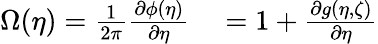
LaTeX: \begin{array}{rl}{\Omega(\eta)=\frac{1}{2\pi}\frac{\partial\phi(\eta)}{\partial\eta}}&{{}=1+\frac{\partial g(\eta,\zeta)}{\partial\eta}}\end{array}